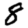
Digit: 8